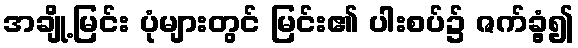
အချို့မြင်း ပုံများတွင် မြင်း၏ ပါးစပ်၌ ဇက်ခွံ့၍